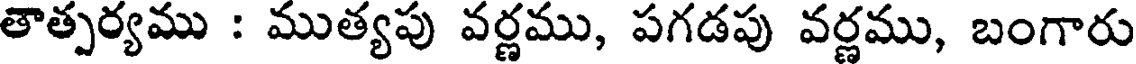
తాత్పర్యము : ముత్యపు వర్ణము, పగడపు వర్ణము, బంగారు